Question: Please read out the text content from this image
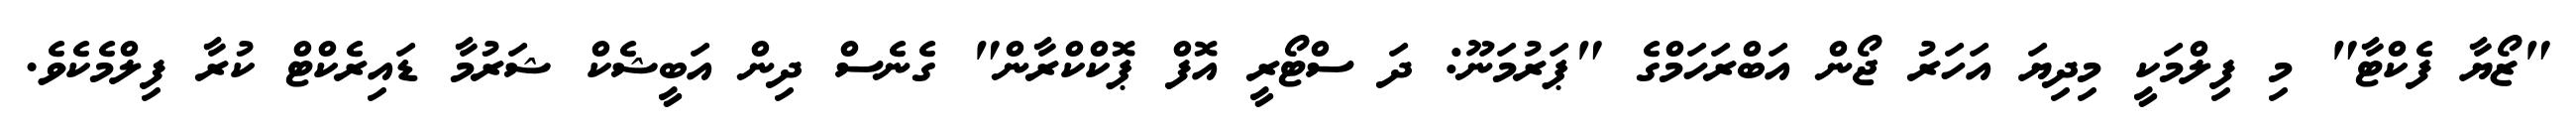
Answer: "ޒޯޔާ ފެކްޓާ" މި ފިލްމަކީ މިދިޔަ އަހަރު ޖޯން އަބްރަހަމްގެ "ޕަރުމަނޫ: ދަ ސްޓޯރީ އޮފް ޕޮކްކްރާން" ގެނެސް ދިން އަބީޝެކް ޝަރުމާ ޑައިރެކްޓް ކުރާ ފިލްމެކެވެ.